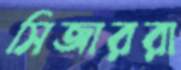
সিজাররা